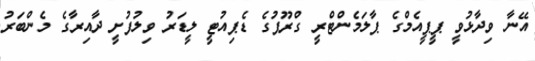
އޭނާ ވިދާޅުވީ ޕީޕީއެމްގެ ޕާލަމެންޓްރީ ގްރޫޕުގެ ޑެޕިއުޓީ ލީޑަރު ވިލުފުށީ ދާއިރާގެ މެންބަރު